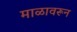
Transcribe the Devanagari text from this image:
माळावरून